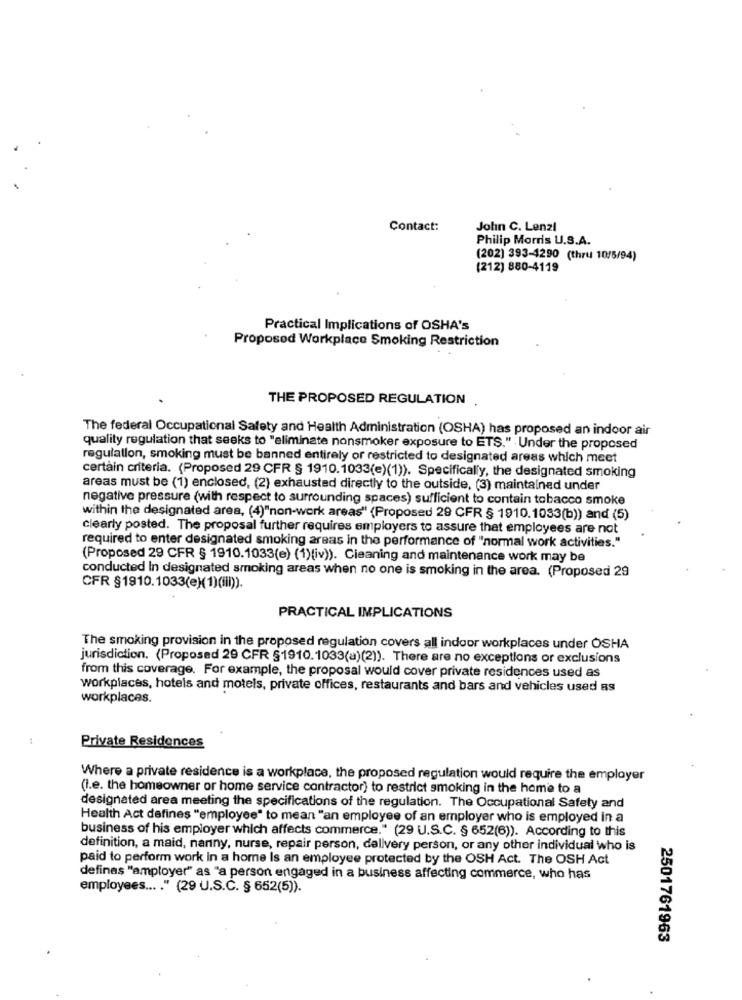
Contact:
John C. Lenzi
Philip Morris U.S.A.
(202) 393-4290 (thru 10/5/94)
(212) 880-4119
Practical Implications of OSHA's
Proposed Workplace Smoking Restriction
THE PROPOSED REGULATION
The federal Occupational Safety and Health Administration (OSHA) has proposed an indoor air
quality regulation that seeks to "eliminate nonsmoker exposure to ETS." Under the proposed
regulallon, smoking must be banned entirely or restricted to designated areas which meet
certain criteria. (Proposed 29 CFR § 1910.1033(e)(1)). Specifically, the designated smoking
areas must be (1) enclosed, (2) exhausted directly to the outside, (3) maintained under
negative pressure (with respect to surrounding spaces) sufficient to contain tobacco smoke
within the designated area, (4)"non-work areas" (Proposed 29 CFR § 1910.1033(b)) and (5)
clearly posted. The proposal further requires employers to assure that employees are not
required to enter designated smoking areas in the performance of "normal work activities."
(Proposed 29 CFR § 1910.1033(e) (1)(iv)). Cleaning and maintenance work may be
conducted In designated smoking areas when no one is smoking in the area. (Proposed 29
CFR §1910.1033(e)(1)(iii)).
PRACTICAL IMPLICATIONS
The smoking provision in the proposed regulation covers all indoor workplaces under OSHA
jurisdiction. (Proposed 29 CFR §1910.1033(a)(2)). There are no exceptions or exclusions
from this coverage. For example, the proposal would cover private residences used as
workplaces, hotels and motels, private offices, restaurants and bars and vehicles used as
workplaces.
Private Residences
Where a private residence is a workplace, the proposed regulation would require the employer
(I.e. the homeowner or home service contractor) to restrict smoking in the home to a
designated area meeting the specifications of the regulation. The Occupational Safety and
Health Act defines "employee" to mean "an employee of an employer who is employed in a
business of his employer which affects commerce." (29 U.S.C. § 652(6)). According to this
definition, a maid, nanny, nurse, repair person, dallvery person, or any other individual who is
paid to perform work In a home Is an employee protected by the OSH Act. The OSH Act
defines "amployer" as "a person engaged in a business affecting commerce, who has
employees .... " (29 U.S.C. § 652(5)).
2501761963